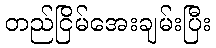
တည်ငြိမ်အေးချမ်းပြီး